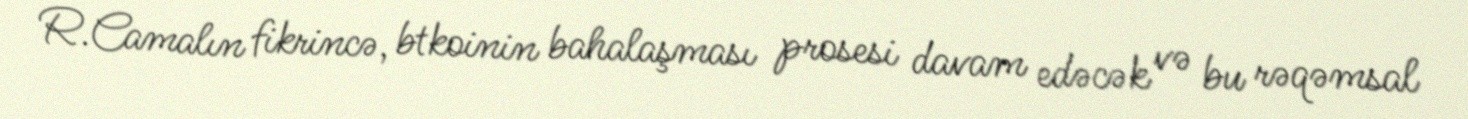
R.Camalın fikrincə, btkoinin bahalaşması prosesi davam edəcək və bu rəqəmsal